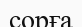
сорға